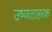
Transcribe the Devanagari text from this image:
उष्णताहरक